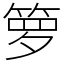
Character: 箩